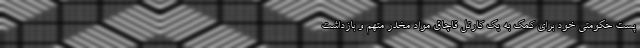
پست حکومتی خود برای کمک به یک کارتل قاچاق مواد مخدر متهم و بازداشت